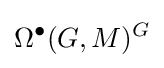
\Omega ^{\bullet }(G,M)^{G}